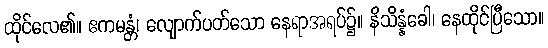
ထိုင်လေ၏။ ဧကမန္တံ၊ လျောက်ပတ်သော နေရာအရပ်၌။ နိသိန္နံခေါ၊ နေထိုင်ပြီသော။